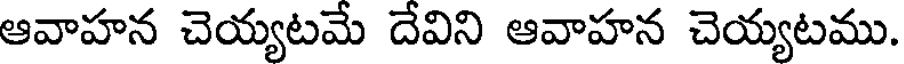
ఆవాహన చెయ్యటమే దేవిని ఆవాహన చెయ్యటము.